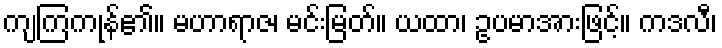
ကျကြကုန်၏။ မဟာရာဇ၊ မင်းမြတ်။ ယထာ၊ ဥပမာအားဖြင့်။ ကဒလီ၊